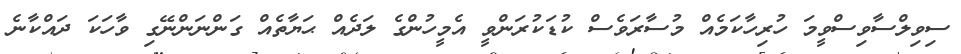
ސިވިލްސާވިސްވީމަ ހުރިހާކަމެއް މުސާރަވެސް ކުޑަކުރަންވީ އެމީހުންގެ ލަދެއް ޙަޔާތެއް ގަންނަންނޭގި ވާހަކަ ދައްކާނެ